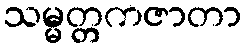
သမ္မတ္တကဇာတာ